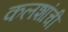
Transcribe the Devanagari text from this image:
कलशांची